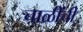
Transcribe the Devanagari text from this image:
चाळींची